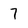
Character: 7